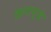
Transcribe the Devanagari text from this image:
क्रमामुळे